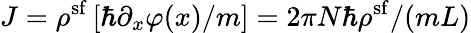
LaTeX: J=\rho^{\mathrm{sf}}\left[\hbar\partial_{x}\varphi(x)/m\right]=2\pi N\hbar\rho^{\mathrm{sf}}/(mL)